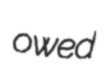
owed